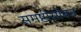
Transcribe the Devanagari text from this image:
समष्टीसोबत